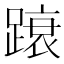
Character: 𲃿